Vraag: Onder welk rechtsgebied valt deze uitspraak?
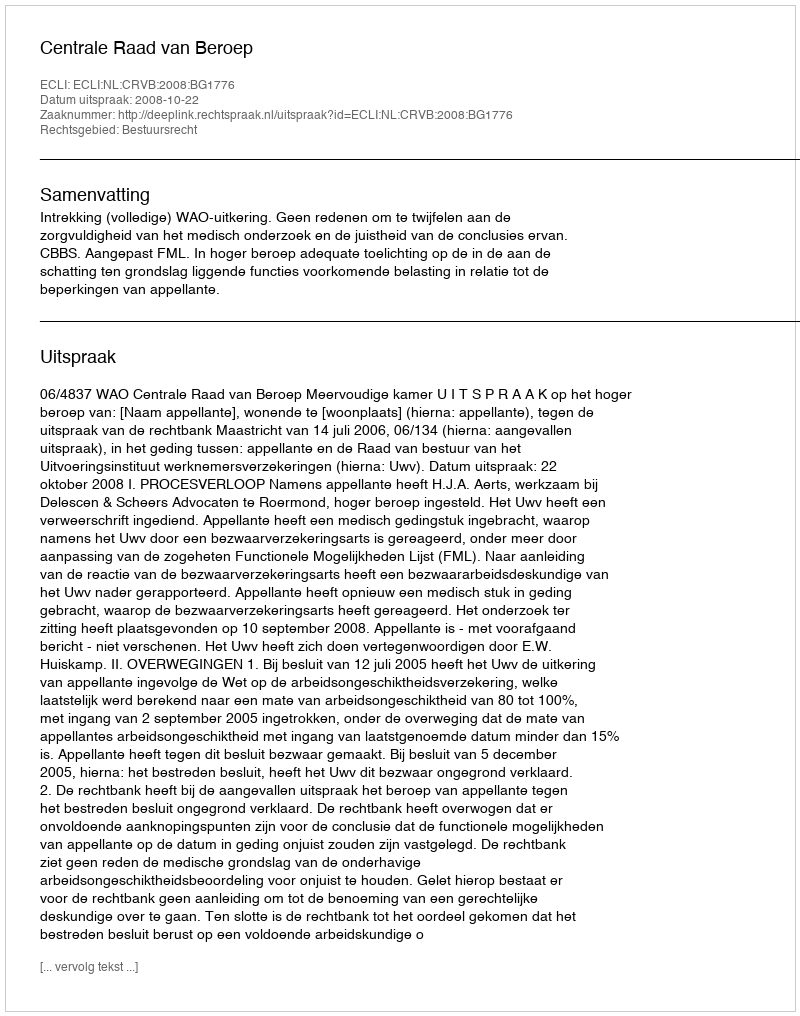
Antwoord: Bestuursrecht